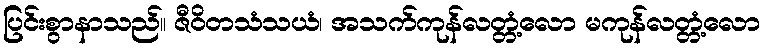
ပြင်းစွာနာသည်။ ဇီဝိတသံသယံ၊ အသက်ကုန်လတ္တံ့လော မကုန်လတ္တံ့လော